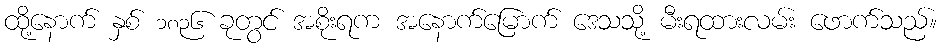
ထို့နောက် နှစ် ၁၈၃၆ ခုတွင် အစိုးရက အနောက်မြောက် ဒေသသို့ မီးရထားလမ်း ဖောက်သည်။